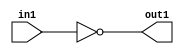
`timescale 1ps / 1ps
/*****************************************************************************
    Verilog RTL Description
    
    
    Created by: Stratus DpOpt 2019.1.01 
*******************************************************************************/

module fix2float_Not_1U_1U_4_0 (
	in1,
	out1
	); /* architecture "behavioural" */ 
input  in1;
output  out1;
wire  asc001;

assign asc001 = 
	((~in1));

assign out1 = asc001;
endmodule

/* CADENCE  urX3Tgg= : u9/ySgnWtBlWxVPRXgAZ4Og= ** DO NOT EDIT THIS LINE ******/